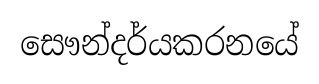
සෞන්දර්යකරනයේ